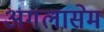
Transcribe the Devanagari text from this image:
अगलासेम